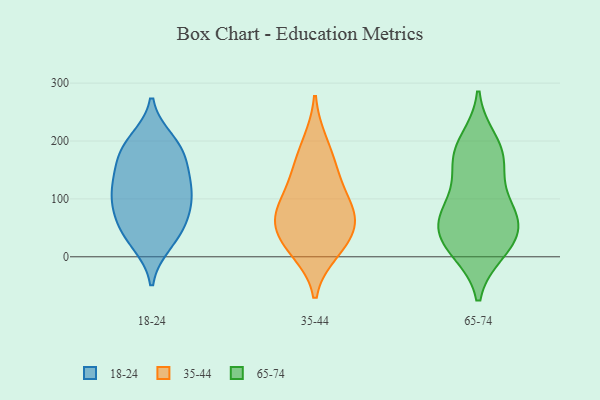
{"axis": {"x": "Waste Production (Tons)", "y": "Value"}, "legend": ["18-24", "35-44", "65-74"], "data": [{"x": "", "y": 95, "type": "18-24"}, {"x": "", "y": 48, "type": "18-24"}, {"x": "", "y": 24, "type": "18-24"}, {"x": "", "y": 131, "type": "18-24"}, {"x": "", "y": 109, "type": "18-24"}, {"x": "", "y": 200, "type": "18-24"}, {"x": "", "y": 172, "type": "18-24"}, {"x": "", "y": 185, "type": "18-24"}, {"x": "", "y": 34, "type": "18-24"}, {"x": "", "y": 71, "type": "18-24"}, {"x": "", "y": 140, "type": "18-24"}, {"x": "", "y": 188, "type": "18-24"}, {"x": "", "y": 78, "type": "18-24"}, {"x": "", "y": 119, "type": "18-24"}, {"x": "", "y": 72, "type": "35-44"}, {"x": "", "y": 197, "type": "35-44"}, {"x": "", "y": 61, "type": "35-44"}, {"x": "", "y": 10, "type": "35-44"}, {"x": "", "y": 79, "type": "35-44"}, {"x": "", "y": 138, "type": "35-44"}, {"x": "", "y": 38, "type": "35-44"}, {"x": "", "y": 91, "type": "35-44"}, {"x": "", "y": 19, "type": "35-44"}, {"x": "", "y": 152, "type": "35-44"}, {"x": "", "y": 16, "type": "65-74"}, {"x": "", "y": 81, "type": "65-74"}, {"x": "", "y": 199, "type": "65-74"}, {"x": "", "y": 11, "type": "65-74"}, {"x": "", "y": 25, "type": "65-74"}, {"x": "", "y": 178, "type": "65-74"}, {"x": "", "y": 48, "type": "65-74"}, {"x": "", "y": 163, "type": "65-74"}, {"x": "", "y": 88, "type": "65-74"}, {"x": "", "y": 76, "type": "65-74"}, {"x": "", "y": 162, "type": "65-74"}, {"x": "", "y": 54, "type": "65-74"}]}